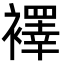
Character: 襗